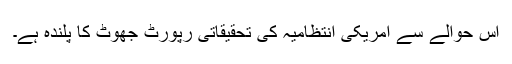
اس حوالے سے امریکی انتظامیہ کی تحقیقاتی رپورٹ جھوٹ کا پلندہ ہے۔